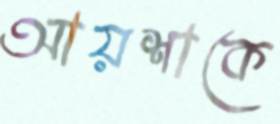
আয়শাকে